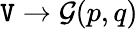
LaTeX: \mathtt{V}\to{\mathcal{{G}}}(p,q)